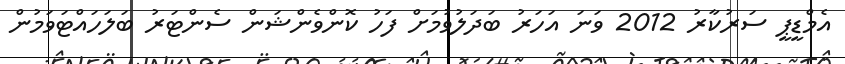
އެމްޑީޕީ ސަރުކާރު 2012 ވަނަ އަހަރު ބަދަލުވުމަށް ފަހު ކޮންވެންޝަން ސެންޓަރު ބަލަަހައްޓަވަމުން